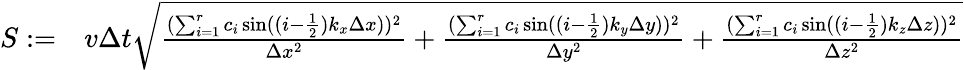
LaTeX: \begin{array}{rl}{S:=}&{v\Delta t\sqrt{\frac{(\sum_{i=1}^{r}c_{i}\sin((i-\frac{1}{2})k_{x}\Delta x))^{2}}{\Delta x^{2}}+\frac{(\sum_{i=1}^{r}c_{i}\sin((i-\frac{1}{2})k_{y}\Delta y))^{2}}{\Delta y^{2}}+\frac{(\sum_{i=1}^{r}c_{i}\sin((i-\frac{1}{2})k_{z}\Delta z))^{2}}{\Delta z^{2}}}}\end{array}